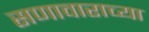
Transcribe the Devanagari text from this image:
सणावाराच्या